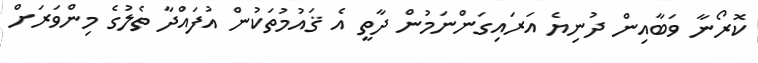
ކޮރޯނާ ވަބާއިން ދުނިޔެ އަރައިގަންނަމުން ދާތީ އެ ޤައުމުތަކުން އުފައްދާ ތެލުގެ މިންވަރަށް